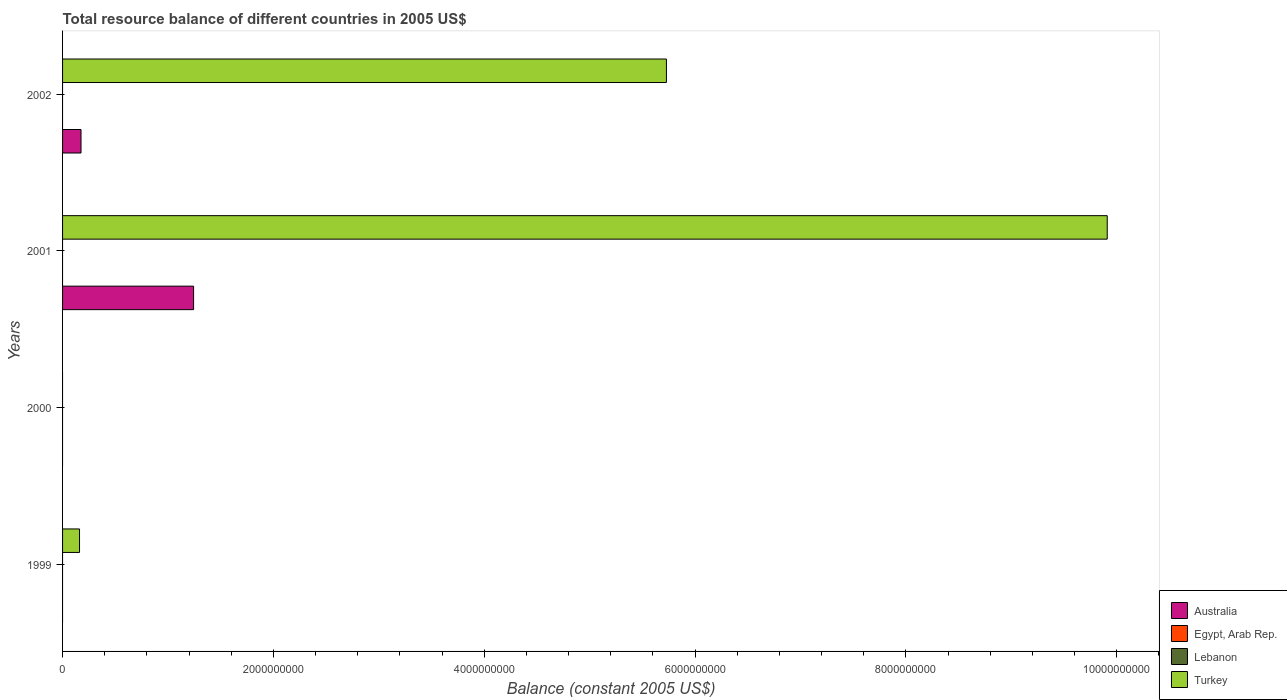
| Years | Australia | Egypt, Arab Rep. | Lebanon | Turkey |
 | --- | --- | --- | --- | --- |
 | 1999 | -1.42e+10 | -2.54e+10 | -5.95e+12 | 1.61e+08 |
 | 2000 | -1.34e+10 | -2.25e+10 | -5.66e+12 | -4.99e+09 |
 | 2001 | 1.24e+09 | -1.74e+10 | -6.48e+12 | 9.91e+09 |
 | 2002 | 1.75e+08 | -1.65e+10 | -5.44e+12 | 5.73e+09 |